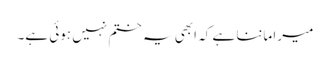
میرا ماننا ہے کہ ابھی یہ ختم نہیں ہوئی ہے۔